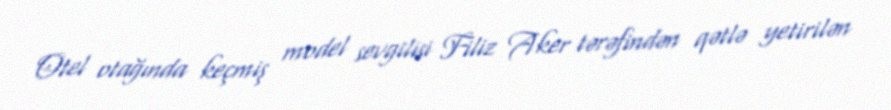
Otel otağında keçmiş model sevgilisi Filiz Aker tərəfindən qətlə yetirilən